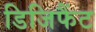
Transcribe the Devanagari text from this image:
डिजिफैंट